Scottish Leaving Certificate Examination, 1957
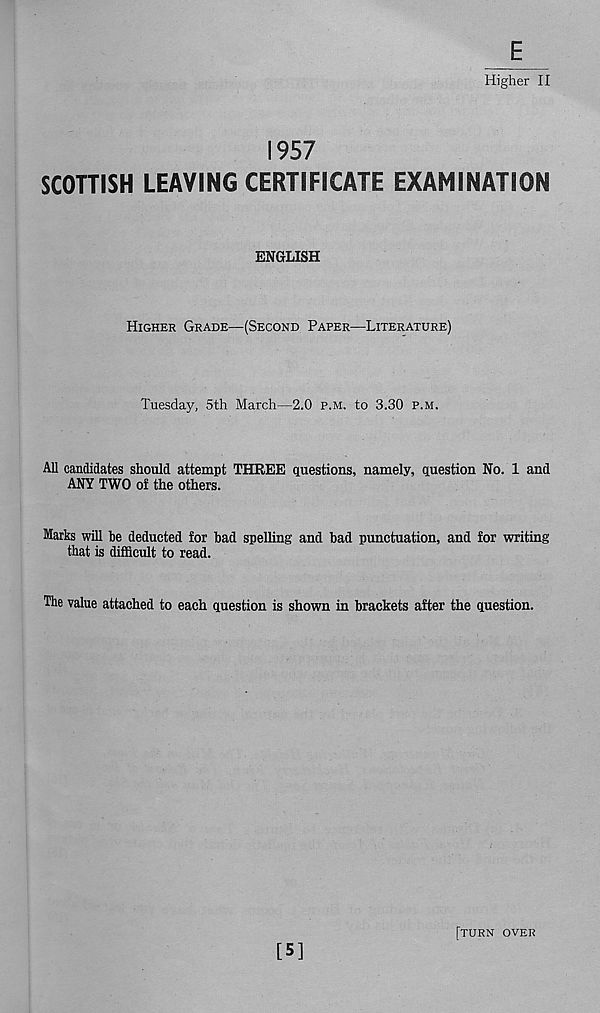
E
Higher II
1957
SCOTTISH LEAVING CERTIFICATE EXAMINATION
ENGLISH
HIGHER GRADE—(SECOND PAPER—LITERATURE)
Tuesday, 5th March—2.0 P.M. to 3.30 P.M.
All candidates should attempt THREE questions, namely, question No. 1 and
ANY TWO of the others.
Marks will be deducted for bad spelling and bad punctuation, and for writing
that is difficult to read.
The value attached to each question is shown in brackets after the question.
[5]
[TURN OVER